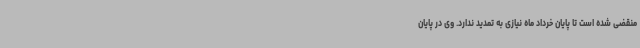
منقضی شده است تا پایان خرداد ماه نیازی به تمدید ندارد. وی در پایان